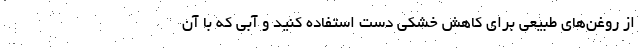
از روغن‌های طبیعی برای کاهش خشکی دست استفاده کنید و آبی که با آن